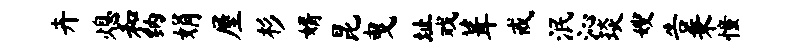
卉熄和纳娟屋杉婿昆曳址戏葺戒泯沁琰嫂告秉憧